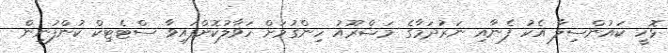
ޅޮހީ ކައުންސިލާ އެކު ފެނާއި ނަރުދަމާގެ މަޝްރޫއު ހިންގުމަށް ހަވާލުކޮށްފައިވާ ސްޓެޓިކް ކުންފުނިން